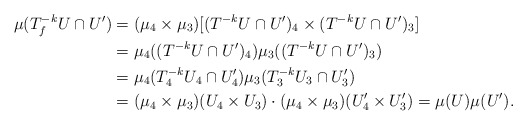
\begin{align*}\mu(T_f^{-k}U \cap U') &= (\mu_4 \times \mu_3)[(T^{-k}U \cap U')_4 \times (T^{-k}U \cap U')_3] \\ &= \mu_4((T^{-k}U \cap U')_4) \mu_3((T^{-k}U \cap U')_3) \\ &= \mu_4(T_4^{-k}U_4 \cap U'_4) \mu_3(T_3^{-k}U_3 \cap U'_3) \\ &= (\mu_4 \times \mu_3) (U_4 \times U_3) \cdot (\mu_4 \times \mu_3) (U_4' \times U_3') = \mu(U) \mu(U').\end{align*}